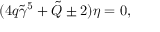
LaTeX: ( 4 q \tilde { \gamma } ^ { 5 } + \tilde { Q } \pm 2 ) \eta = 0 ,